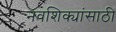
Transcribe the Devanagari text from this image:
नवशिक्यांसाठी